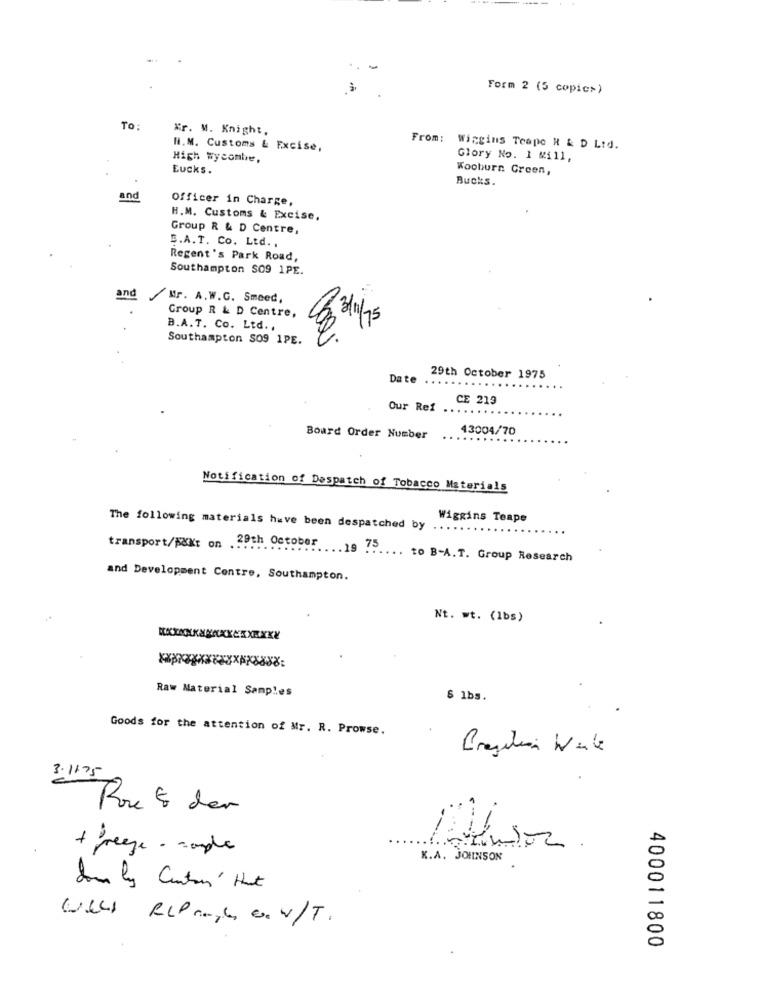
Form 2 (5 copic>)
To:
Kr. M. Knight,
N.M. Customs & Excise,
From: Wingins Teape R & D Ltd.
High wycombe,
Glory No. 1 Mill,
Eucks.
Wooburn Green,
Bucks.
and
Officer in Charge,
H.M. Customs & Excise,
Group R & D Centre,
B.A.T. Co. Ltd. ,
Regent's Park Road,
Southampton SO9 1PE.
and
Mr. A. W.G. Smeed,
Group R & D Centre,
B.A.T. Co. Ltd. ,
8 til1
Southampton S09 1PE.
Date
29th October 1975
CE 213
Our Ref
43004/70
Board Order Number
Notification of Despatch of Tobacco Materials
Wiggins Teape
The following materials have been despatched by
...
transport/j&Kr on . 29th October
... 19 75
. to B-A.T. Group Research
and Development Centre, Southampton.
Nt. wt. (1bs)
Raw Material Samples
6 1bs.
Goods for the attention of Mr. R. Prowse.
3 . 1175
Rou & der
+ freeze - couple
K.A. JOHNSON
Som ly Canton' that
Well RCP mange, c.w/T.
400011800